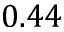
0 . 4 4